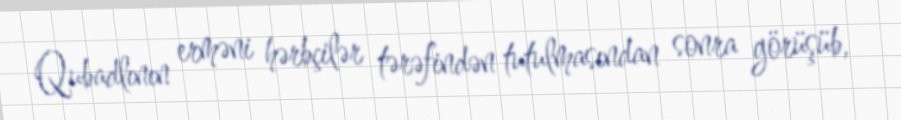
Qubadlının erməni hərbçilər tərəfindən tutulmasından sonra görüşüb,